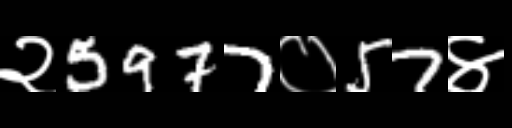
Text: २5977०57४